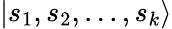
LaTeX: \vert s_{1},s_{2},...,s_{k}\rangle